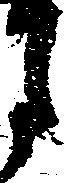
月